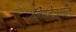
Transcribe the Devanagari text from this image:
व्हिजिटर्सनी